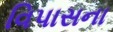
વિપાસના